Medical and sanitary report of the native army of Bengal for the year
Year: 1876
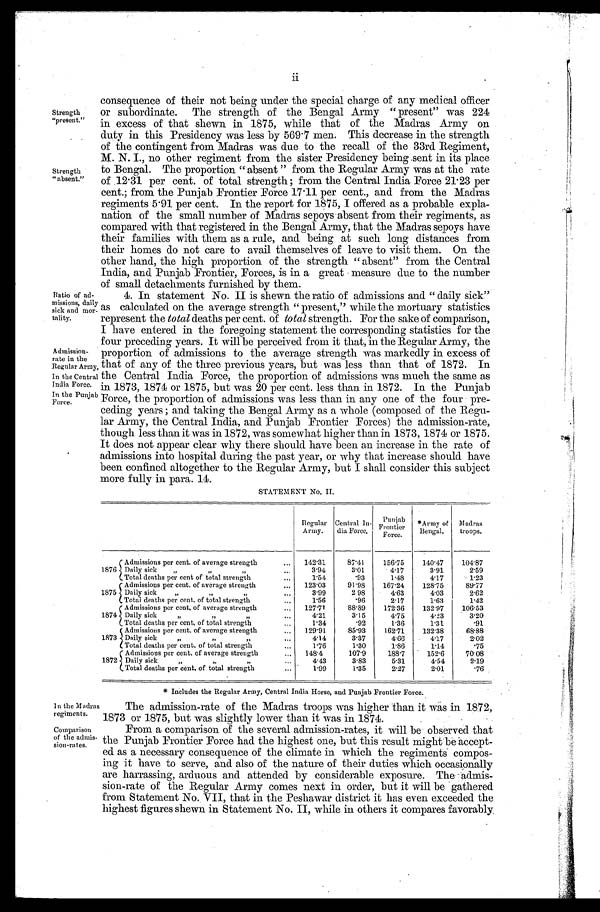
Strength
"present."
Strength
"absent."
Ratio of ad
- m i s s i o n s , d a i l y sick and mor
- t a l i t y .
Admission
- r a t e i n t h e Regular Army,
In the Central
India Force.
In the Punjab
Force.
In the Madras
regiments.
Comparison
of the admis-
sion-rates.
consequence of their not being under the special charge of any medical officer
or subordinate. The strength of the Bengal Army "present" was 224
in excess of that shewn in 1875, while that of the Madras Army on
duty in this Presidency was less by 569.7 men. This decrease in the strength
of the contingent from Madras was due to the recall of the 33rd Regiment,
M. N. I., no other regiment from the sister Presidency being sent in its place
to Bengal. The proportion "absent" from the Regular Army was at the rate
of 12.31 per cent. of total strength; from the Central India Force 21.23 per
cent.; from the Punjab Frontier Force 17.11 per cent., and from the Madras
regiments 5.91 per cent. In the report for 1875, I offered as a probable expla-
nation of the small number of Madras sepoys absent from their regiments, as
compared with that registered in the Bengal Army, that the Madras sepoys have
their families with them as a rule, and being at such long distances from
their homes do not care to avail themselves of leave to visit them. On the
other hand, the high proportion of the strength "absent" from the Central
India, and Punjab Frontier, Forces, is in a great measure due to the number
of small detachments furnished by them.
4. In statement No. II is shewn the ratio of admissions and "daily sick"
as calculated on the average strength "present," while the mortuary statistics
represent the total deaths per cent. of total strength. For the sake of comparison,
I have entered in the foregoing statement the corresponding statistics for the
four preceding years. It will be perceived from it that, in the Regular Army, the
proportion of admissions to the average strength was markedly in excess of
that of any of the three previous years, but was less than that of 1872. In
the Central India Force, the proportion of admissions was much the same as
in 1873, 1874 or 1875, but was 20 per cent. less than in 1872. In the Punjab
Force, the proportion of admissions was less than in any one of the four pre-
ceding years; and taking the Bengal Army as a whole (composed of the Regu-
lar Army, the Central India, and Punjab Frontier Forces) the admission-rate,
though less than it was in 1872, was somewhat higher than in 1873, 1874 or 1875.
It does not appear clear why there should have been an increase in the rate of
admissions into hospital during the past year, or why that increase should have
been confined altogether to the Regular Army, but I shall consider this subject
more fully in para. 14.
STATEMENT No. II.
Regular
Army.
Central In-
dia Force,
Punjab
Frontier
Force.
*Army of
Bengal.
Madras
troops,
1876
Admissions per cent. of average strength
142.31
87. 41
156.75
1 4 0 . 4 7
104.87
Daily sick " " "
3.94
3. 01
4.17
3.91
2 . 5 9
Total deaths per cent of total strength
1. 54
.93
1.48
4. 17
1 . 2 3
1875
Admissions per cent. of average strength 123.03
91.98 167.24 128.75
89. 77
Daily sick " " "
3.99
2. 98
4. 63
4. 03
2.62
Total deaths per cent. of total strength
1. 56
.96
2.17
1.63
1.42
1874
Admissions per cent. of average strength 127.71
88.89
172.36 132.97 106.53
Daily sick " " "
4. 21
3.15
4.75
4.23
3.20
Total deaths per cent. of total strength
1.34
.92
1.36
1.31
.91
1873
Admissions per cent. of average strength 129.91
85.93
162.71
132.38
68.88
Daily sick " " "
4.14
3. 37
4. 66
4. 17
2.02
Total deaths per cent. of total strength
1.76
1.30
1. 86
1.14
.75
1872
Admissions per cent. of average strength 148.4
107.9
188.7
152.6
70. 08
Daily sick " " "
4.43
3.83
5. 31
4.54
2.19
Total deaths per cent, of total strength
1.99
1.35
2. 27
2.01
.76
* Includes the Regular Army, Central India Horse, and Punjab Frontier Force.
The admission-rate of the Madras troops was higher than it was in 1872,
1873 or 1875, but was slightly lower than it was in 1874.
From a comparison of the several admission-rates, it will be observed that
the Punjab Frontier Force had the highest one, but this result might be accept-
ed as a necessary consequence of the climate in which the regiments compos-
ing it have to serve, and also of the nature of their duties which occasionally
are harrassing, arduous and attended by considerable exposure. The admis-
sion-rate of the Regular Army comes next in order, but it will be gathered
from Statement No. VII, that in the Peshawar district it has even exceeded the
highest figures shewn in Statement No. II, while in others it compares favorably